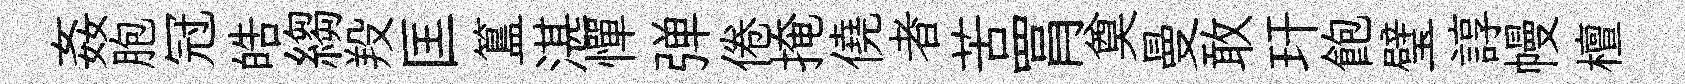
姦胞冠皓縐羖匡簋湛憚弹倦掩僥者苦罥奠曼敢玕飽璧諄幔檀